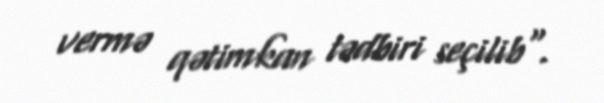
vermə qətimkan tədbiri seçilib".